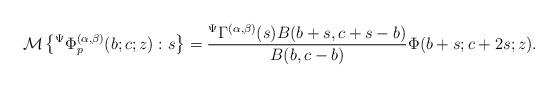
LaTeX: \begin{align*}\mathcal{M}\left\lbrace {}^{\Psi}\Phi_{p}^{(\alpha,\beta)}(b;c;z):s\right\rbrace =\frac{{}^{\Psi}\Gamma^{(\alpha,\beta)}(s)B(b+s,c+s-b)}{B(b,c-b)}\Phi(b+s;c+2s;z).\end{align*}